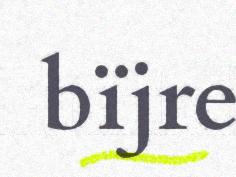
bïjre